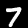
Digit: 7